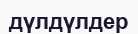
дүлдүлдер